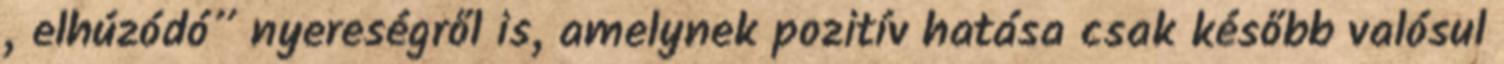
„elhúzódó” nyereségről is, amelynek pozitív hatása csak később valósul